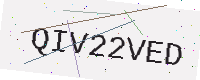
Text: QIV22VED